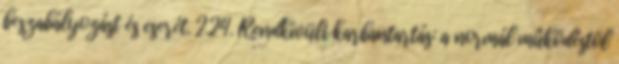
beszabályozást és cserét. 2.24. Rendkívüli karbantartás: a normál mûködéstõl